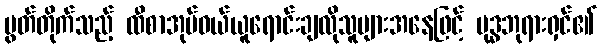
ပွတ်တိုက်သည့် ထီစာအုပ်ဝယ်ယူရောင်းချလိုသူများအနေဖြင့် ဗုဒ္ဓဘုရားရှင်၏